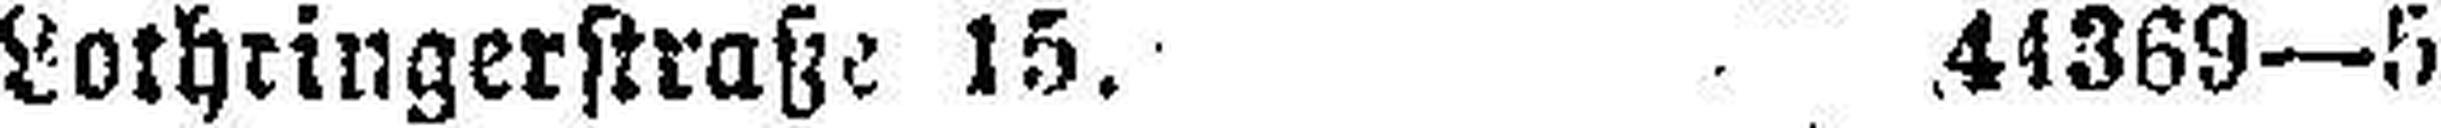
Lothringerstraße 15. 44369—5